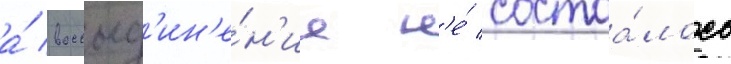
а́ воссоед'ин'е́н'ие н'е́ состоа́лось